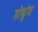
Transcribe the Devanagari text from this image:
गोश्रृंण